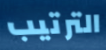
الترتيب